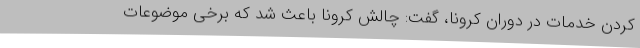
کردن خدمات در دوران کرونا، گفت: چالش کرونا باعث شد که برخی موضوعات